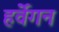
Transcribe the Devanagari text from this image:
हर्वेगन